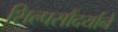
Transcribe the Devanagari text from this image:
शिल्पसौंदर्याने